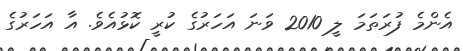
އެންމެ ފުރަތަމަ ލީ 2010 ވަނަ އަހަރުގެ ކުރީ ކޮޅުއެވެ. އާ އަހަރުގެ